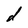
Character: d